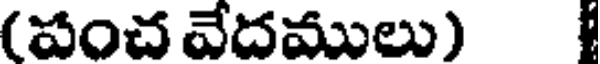
(పంచ వేదములు)